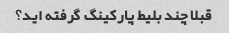
قبلا چند بلیط پارکینگ گرفته اید؟